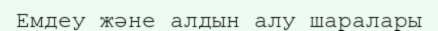
Емдеу және алдын алу шаралары